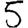
Digit: 5